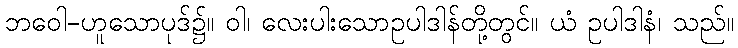
ဘဝေါ-ဟူသောပုဒ်၌။ ဝါ၊ လေးပါးသောဥပါဒါန်တို့တွင်။ ယံ ဥပါဒါနံ၊ သည်။